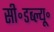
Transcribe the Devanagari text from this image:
सी॰डब्ल्यू॰